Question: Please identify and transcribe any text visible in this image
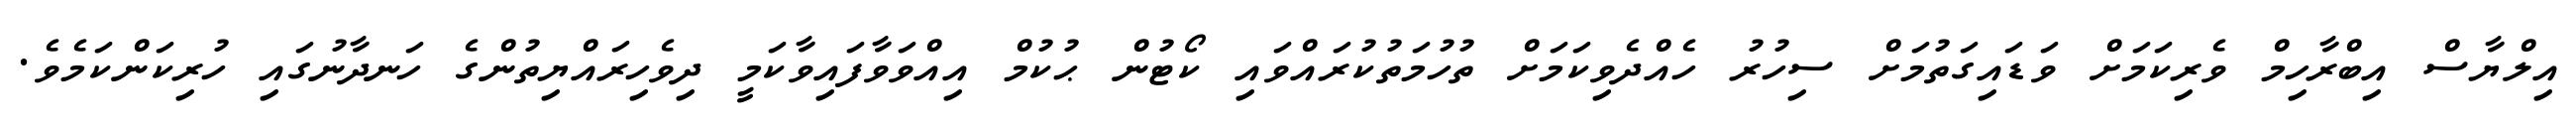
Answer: އިލްޔާސް އިބްރާހިމް ވެރިކަމަށް ވަޑައިގަތުމަށް ސިހުރު ހެއްދެވިކަމަށް ތުހުމަތުކުރައްވައި ކޯޓުން ޙުކުމް އިއްވަވާފައިވާކަމީ ދިވެހިރައްޔިތުންގެ ހަނދާނުގައި ހުރިކަންކަމެވެ.